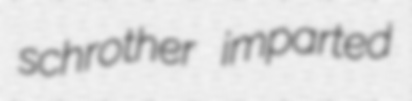
schrother imparted